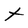
Character: t